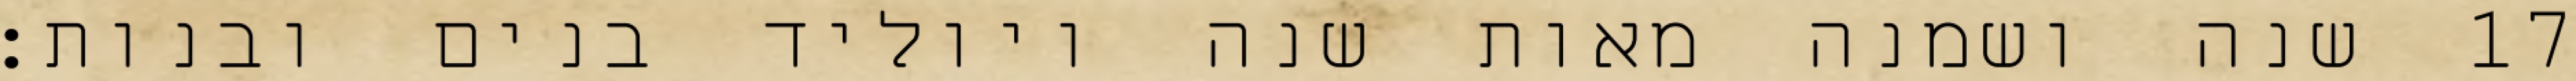
שנה ושמנה מאות שנה ויוליד בנים ובנות׃ ‎17‏